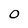
Character: 0